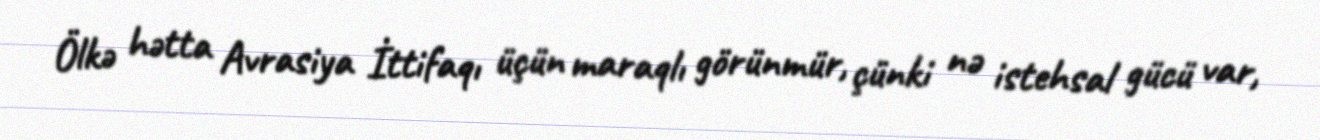
Ölkə hətta Avrasiya İttifaqı üçün maraqlı görünmür, çünki nə istehsal gücü var,